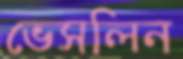
ভেসলিন